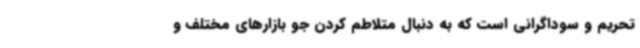
تحریم و سوداگرانی است که به دنبال متلاطم کردن جو بازارهای مختلف و